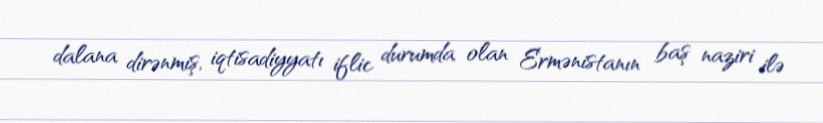
dalana dirənmiş, iqtisadiyyatı iflic durumda olan Ermənistanın baş naziri ilə